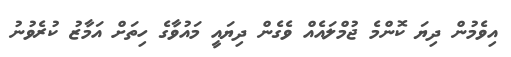
އިވެމުން ދިޔަ ކޮންމެ ޖުމްލައެއް ވެގެން ދިޔައީ މައުވާގެ ހިތަށް އަމާޒު ކުރެވުނު